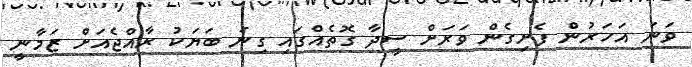
ވަނަ އަހަރުން ފެށިގެން ވަރަށް ސީދާ ގޮތެއްގައި ގިނަ ބަޔަކު ރާއްޖެއަށް ޒަމާނީ